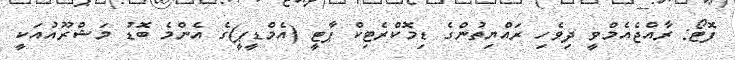
ފޮޓޯ: ރާއްޖެއެމްވީ ދިވެހި ރައްޔިތުންގެ ޑިމޮކްރެޓިކް ޕާޓީ (އެމްޑީޕީ)ގެ އެންމެ ބޮޑު މަޝްރޫއުއަކީ